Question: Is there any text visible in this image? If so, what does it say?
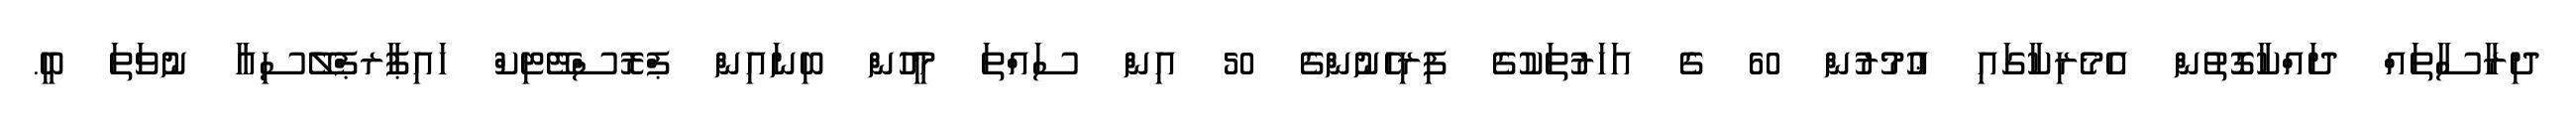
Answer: ދިރާސާތައް ދައްކާގޮތުން އެމެރިކާގައި ޢުމުރުން 60 ގެ އަހަރުތަކުގެ ފިރިހެނުންގެ 50 އިން ސައްތަ މީހުން ބިނައިން ޕްރޮސްޓޭޓިކް ހައިޕާރޕްލޭސިއާ ނުވަތަ ބީ.